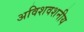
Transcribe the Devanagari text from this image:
अविशवशनीय